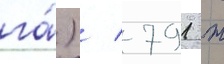
га́) / 791 т